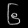
Digit: ၆